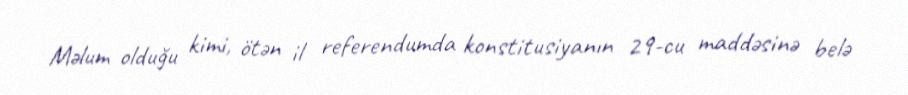
Məlum olduğu kimi, ötən il referendumda konstitusiyanın 29-cu maddəsinə belə